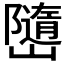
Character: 𭗱